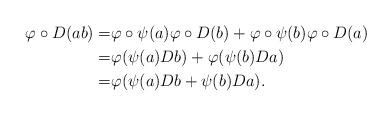
LaTeX: \begin{align*}\varphi\circ D(ab)=&\varphi\circ\psi(a) \varphi\circ D(b)+\varphi\circ\psi(b) \varphi\circ D(a)\\=& \varphi(\psi(a)Db)+\varphi(\psi(b)Da)\\=&\varphi(\psi(a)Db+\psi(b)Da).\end{align*}